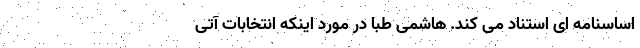
اساسنامه ‌ای استناد می ‌کند. هاشمی طبا در مورد اینکه انتخابات آتی